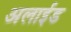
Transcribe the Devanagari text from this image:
अलाईड